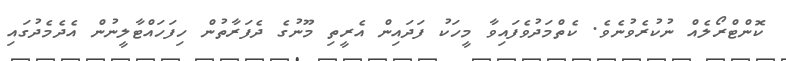
ކޮންޓްރޯލެއް ނުކުރެވުނެވެ. ކެތްމަދުވެފައިވާ މީހަކު ފަދައިން އެރީތި މޫނުގެ ދެފަރާތުން ހިފަހައްޓާލީނުން އެދެމެދުގައި